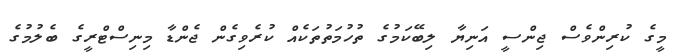
މީގެ ކުރިންވެސް ޖިންސީ އަނިޔާ ލިބޭކަމުގެ ތުހުމަތުތަކެއް ކުރެވިގެން ޖެންޑާ މިނިސްޓްރީގެ ބެލުމުގެ